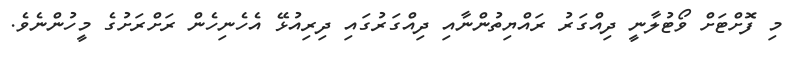
މި ފޮށްޓަށް ވޯޓުލާނީ ދިއްގަރު ރައްޔިތުންނާއި ދިއްގަރުގައި ދިރިއުޅޭ އެހެނިހެން ރަށްރަށުގެ މީހުންނެވެ.